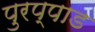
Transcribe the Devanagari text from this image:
पुरप्पाड